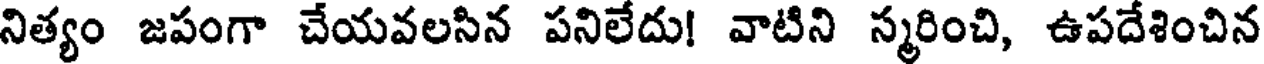
నిత్యం జపంగా చేయవలసిన పనిలేదు! వాటిని స్మరించి, ఉపదేశించిన